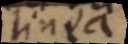
linea